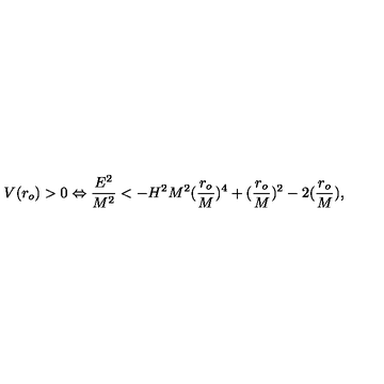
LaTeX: V ( r _ { o } ) > 0 \Leftrightarrow \frac { E ^ { 2 } } { M ^ { 2 } } < - H ^ { 2 } M ^ { 2 } ( \frac { r _ { o } } { M } ) ^ { 4 } + ( \frac { r _ { o } } { M } ) ^ { 2 } - 2 ( \frac { r _ { o } } { M } ) ,